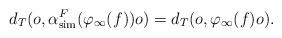
LaTeX: \begin{align*} d_T(o, \alpha^F_\mathrm{sim}(\varphi_\infty(f))o)=d_T(o, \varphi_\infty(f)o). \end{align*}